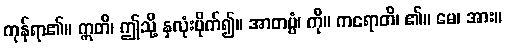
ကုန်ရာ၏။ ဣတိ၊ ဤသို့ နှလုံးပိုက်၍။ အာတပ္ပံ၊ ကို။ ကရောတိ၊ ၏။ မေ၊ အား။